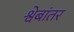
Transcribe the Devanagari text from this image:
श्वेबांतर